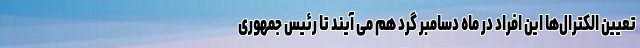
تعیین الکترال‌ها این افراد در ماه دسامبر گرد هم می آیند تا رئيس جمهوری